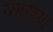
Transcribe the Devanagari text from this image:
व्याखया